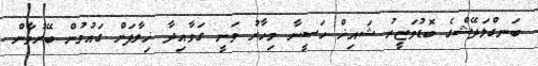
ބަނގްލަދޭޝްގެ ބޮޑުވަޒީރު ޝައިޚް ހަސީނާ މިހާރު ވަނީ ގަވާއިދާ ޚިލާފަށް ގައުމުން ބޭރުވާން